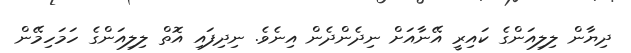
ދިޔާން ލިލިއަންގެ ކައިރީ އޭނާއަށް ނިދެންދެން އިނެވެ. ނިދިފައި އޮތް ލިލިއަންގެ ހަމަހިމޭން